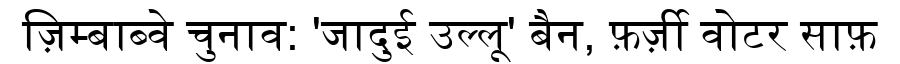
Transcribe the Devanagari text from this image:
ज़िम्बाब्वे चुनाव: 'जादुई उल्लू' बैन, फ़र्ज़ी वोटर साफ़